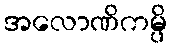
အလောဏိကမ္ပိ